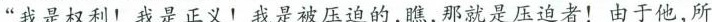
”我是权利！我是正义！我是被压迫的，瞧，那就是压迫者！由于他，所